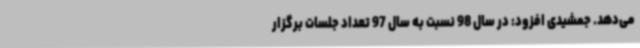
می‌دهد. جمشیدی افزود: در سال 98 نسبت به سال 97 تعداد جلسات برگزار